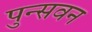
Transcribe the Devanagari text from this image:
पुन्सवन